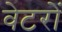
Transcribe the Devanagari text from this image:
वेटरों